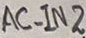
Text: AC_IN2